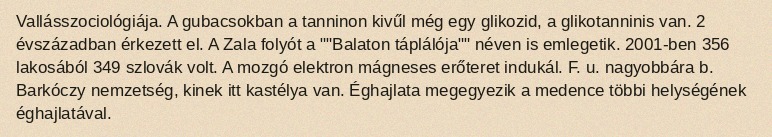
Vallásszociológiája. A gubacsokban a tanninon kivűl még egy glikozid, a glikotanninis van. 2 évszázadban érkezett el. A Zala folyót a ""Balaton táplálója"" néven is emlegetik. 2001-ben 356 lakosából 349 szlovák volt. A mozgó elektron mágneses erőteret indukál. F. u. nagyobbára b. Barkóczy nemzetség, kinek itt kastélya van. Éghajlata megegyezik a medence többi helységének éghajlatával.